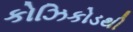
કોઝિકોડથી